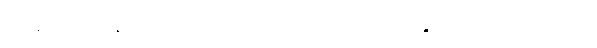
ကျွန်တော် နေလို့မကောင်း ဘူး၊ လှိုင်းမူးပျောက်ဆေးလေးများရမလား။